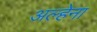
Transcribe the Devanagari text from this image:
अल्हेना